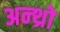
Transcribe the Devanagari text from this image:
अन्थ्रो